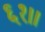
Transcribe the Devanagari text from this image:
६१।।